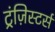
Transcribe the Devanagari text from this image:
ट्रंज़िस्टर्स